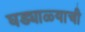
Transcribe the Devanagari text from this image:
घड्याळ्याची